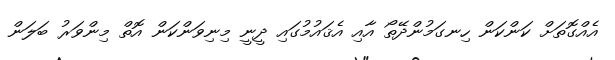
އެއްގޮތަށް ކަންކަން ހިނގަމުންދޭތޯ އާއި އެޤައުމުގައި ދީނީ މިނިވަންކަން އޮތް މިންވަރު ބަލަން